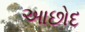
આછોદ